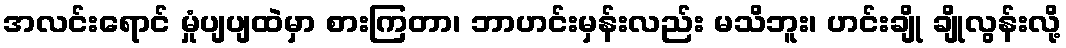
အလင်းရောင် မှုံပျပျထဲမှာ စားကြတာ၊ ဘာဟင်းမှန်းလည်း မသိဘူး၊ ဟင်းချို ချိုလွန်းလို့